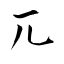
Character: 兀